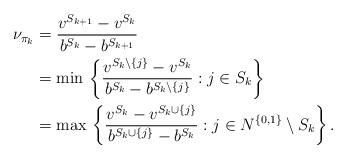
LaTeX: \begin{align*}\nu_{\pi_k} & = \frac{v^{S_{k+1}} - v^{S_k}}{b^{S_{k}} -b^{S_{k+1}}} \\& = \min \, \left\{\frac{v^{S_{k} \setminus \{j\}} - v^{S_k}}{b^{S_{k}} - b^{S_{k} \setminus \{j\}}}: j \in S_k\right\} \\& = \max \, \left\{\frac{v^{S_k} - v^{S_k \cup \{j\}}}{b^{S_k \cup \{j\}} - b^{S_k}}: j \in N^{\{0, 1\}} \setminus S_k\right\}.\end{align*}